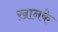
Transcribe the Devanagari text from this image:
ख़ानके